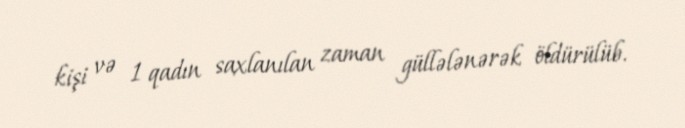
kişi və 1 qadın saxlanılan zaman güllələnərək öldürülüb.